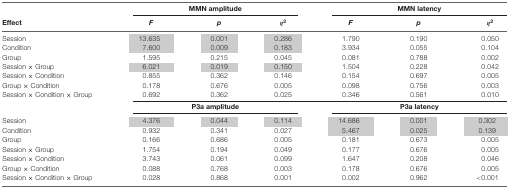
<table><thead><tr><td></td><td colspan="3"><b>MMN amplitude</b></td><td colspan="3"><b>MMN latency</b></td></tr><tr><td><b>Effect</b></td><td><b><i>F</i></b></td><td><b><i>p</i></b></td><td><b><i>η</i><sup>2</sup></b></td><td><b><i>F</i></b></td><td><b><i>p</i></b></td><td><b><i>η</i><sup>2</sup></b></td></tr></thead><tbody><tr><td>Session</td><td>13.635</td><td>0.001</td><td>0.286</td><td>1.790</td><td>0.190</td><td>0.050</td></tr><tr><td>Condition</td><td>7.600</td><td>0.009</td><td>0.183</td><td>3.934</td><td>0.055</td><td>0.104</td></tr><tr><td>Group</td><td>1.595</td><td>0.215</td><td>0.045</td><td>0.081</td><td>0.788</td><td>0.002</td></tr><tr><td>Session × Group</td><td>6.021</td><td>0.019</td><td>0.150</td><td>1.504</td><td>0.228</td><td>0.042</td></tr><tr><td>Session × Condition</td><td>0.855</td><td>0.362</td><td>0.146</td><td>0.154</td><td>0.697</td><td>0.005</td></tr><tr><td>Group × Condition</td><td>0.178</td><td>0.676</td><td>0.005</td><td>0.098</td><td>0.756</td><td>0.003</td></tr><tr><td>Session × Condition × Group</td><td>0.692</td><td>0.362</td><td>0.025</td><td>0.346</td><td>0.561</td><td>0.010</td></tr><tr><td></td><td colspan="3"><b>P3a amplitude</b></td><td colspan="3"><b>P3a latency</b></td></tr><tr><td>Session</td><td>4.376</td><td>0.044</td><td>0.114</td><td>14.686</td><td>0.001</td><td>0.302</td></tr><tr><td>Condition</td><td>0.932</td><td>0.341</td><td>0.027</td><td>5.467</td><td>0.025</td><td>0.139</td></tr><tr><td>Group</td><td>0.166</td><td>0.686</td><td>0.005</td><td>0.181</td><td>0.673</td><td>0.005</td></tr><tr><td>Session × Group</td><td>1.754</td><td>0.194</td><td>0.049</td><td>0.177</td><td>0.676</td><td>0.005</td></tr><tr><td>Session × Condition</td><td>3.743</td><td>0.061</td><td>0.099</td><td>1.647</td><td>0.208</td><td>0.046</td></tr><tr><td>Group × Condition</td><td>0.088</td><td>0.768</td><td>0.003</td><td>0.178</td><td>0.676</td><td>0.005</td></tr><tr><td>Session × Condition × Group</td><td>0.028</td><td>0.868</td><td>0.001</td><td>0.002</td><td>0.962</td><td>&lt;0.001</td></tr></tbody></table>